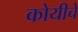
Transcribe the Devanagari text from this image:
कोयीचे